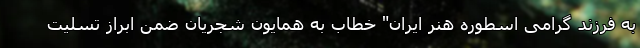
به فرزند گرامی اسطوره هنر ایران" خطاب به همایون شجریان ضمن ابراز تسلیت